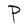
Character: P